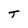
Character: T